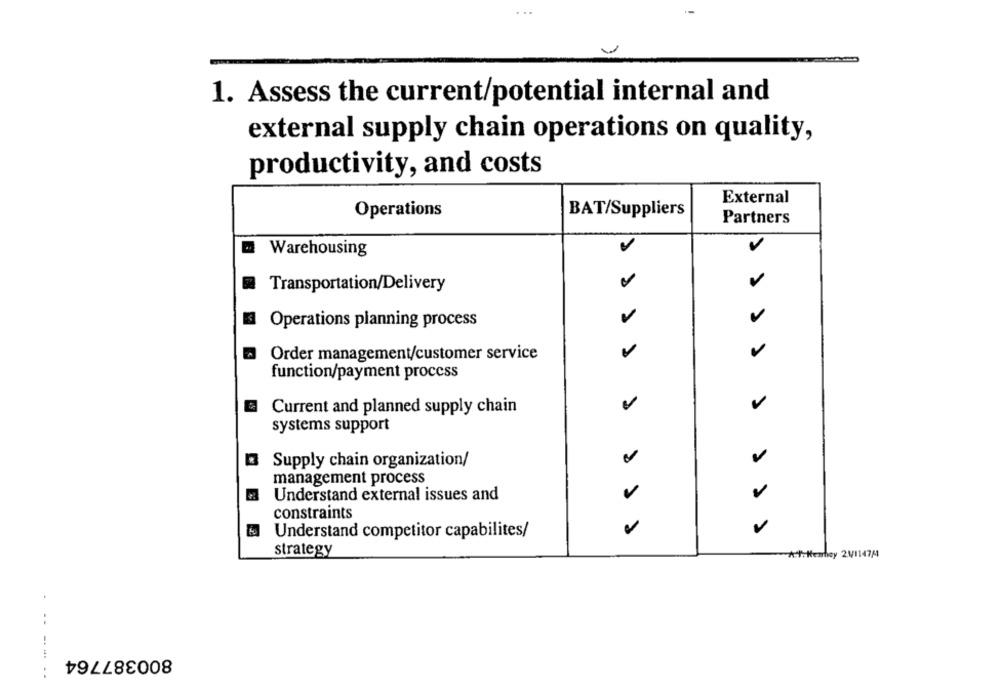
1. Assess the current/potential internal and
external supply chain operations on quality,
productivity, and costs
External
Operations
BAT/Suppliers
Partners
Warehousing
Transportation/Delivery
Operations planning process
v
v
Order management/customer service
function/payment process
Current and planned supply chain
systems support
Supply chain organization/
v
management process
Understand external issues and
constraints
V
Understand competitor capabilites/
strategy
A-1-Herhey 21/1147/1
800387764